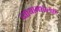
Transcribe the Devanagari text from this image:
व्यायामशालाऍ